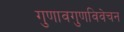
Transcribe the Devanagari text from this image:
गुणावगुणविवेचन